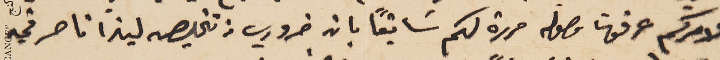
لامركم عرفونا وصوله حررة لكم سَابقاً بان ضروري من تخليصه ليندا ناصر في